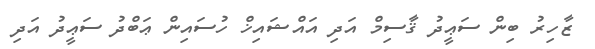
ޒާހިރު ބިން ސަޢީދު ޤާސިމް އަދި އައްޝައިޚް ހުސައިން ޢަބްދު ސަޢީދު އަދި